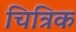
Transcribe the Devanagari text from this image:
चित्रिक